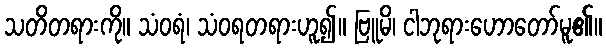
သတိတရားကို။ သံဝရံ၊ သံဝရတရားဟူ၍။ ဗြူမိ၊ ငါဘုရားဟောတော်မူ၏။